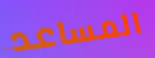
المساعد